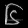
Digit: ၆